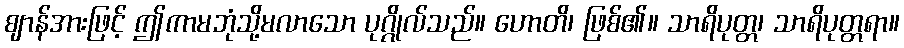
ဈာန်အားဖြင့် ဤကာမဘုံသို့မလာသော ပုဂ္ဂိုလ်သည်။ ဟောတိ၊ ဖြစ်၏။ သာရိပုတ္တ၊ သာရိပုတ္တရာ။